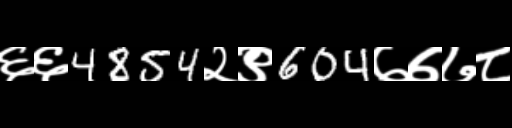
Text: ६६4854२९604७७७८